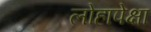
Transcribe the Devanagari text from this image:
लोहापेक्षा